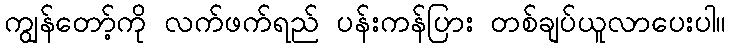
ကျွန်တော့်ကို လက်ဖက်ရည် ပန်းကန်ပြား တစ်ချပ်ယူလာပေးပါ။